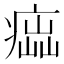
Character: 𤸢